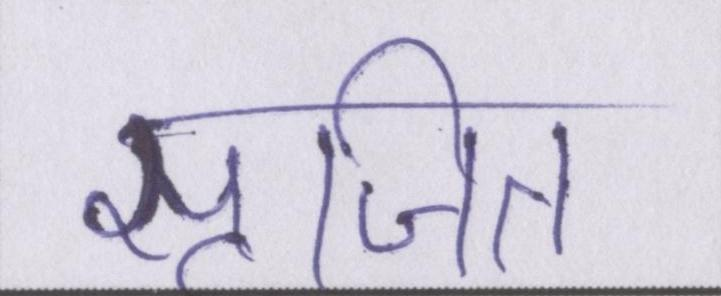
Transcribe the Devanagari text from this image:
सृजित